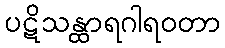
ပဋိသန္ထာရဂါရဝတာ